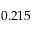
0 . 2 1 5